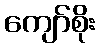
ကျော်စိုး